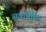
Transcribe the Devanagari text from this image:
सवार्तिक